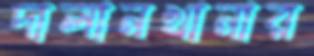
দালানখানার